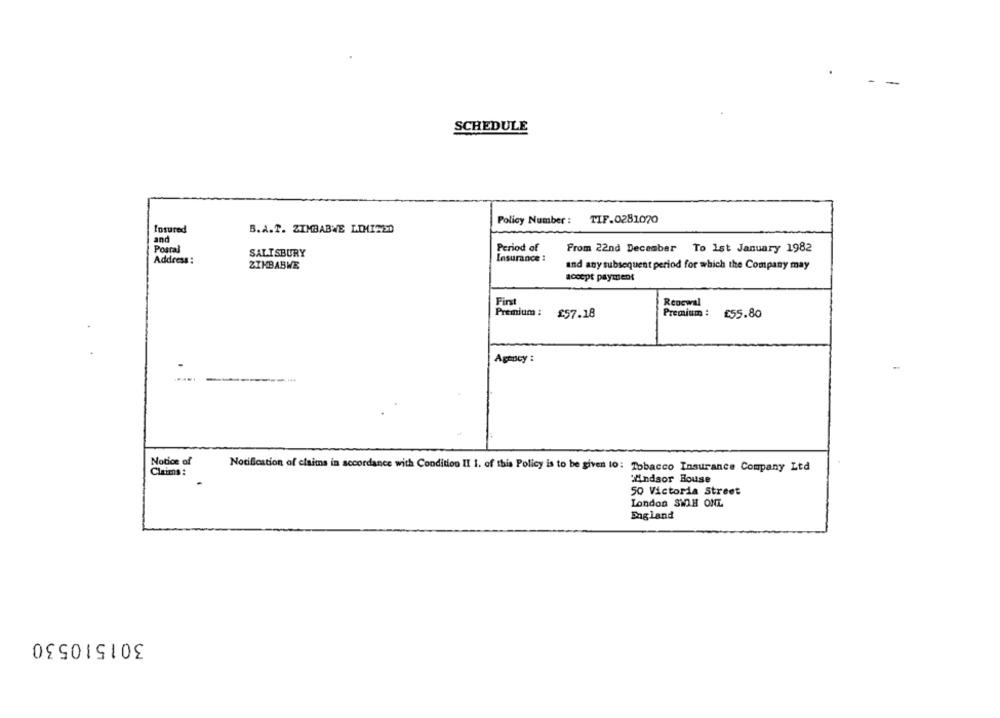
SCHEDULE
Policy Number : TIF.0281070
Tosured
B.A.T. ZIMBABWE LIMITED
and
SALISBURY
Period of
From 22nd December To 1st January 1982
Insurance :
Address:
ZIMBABWE
and any subsequent period for which the Company may
accept payaient
Fint
Renewal
Premium :
£57.18
Premium :
£55.80
Agency :
Notice of
Claims :
Notification of claims in accordance with Condition II I. of this Policy is to be given to: Tobacco Insurance Company Ltd
Andsor House
50 Victoria Street
London SWH ONL
England
301510530